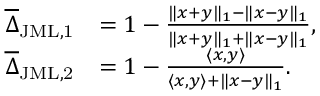
\begin{array} { r l } { \overline { { \Delta } } _ { \mathrm { J M L , 1 } } } & { = 1 - \frac { \| x + y \| _ { 1 } - \| x - y \| _ { 1 } } { \| x + y \| _ { 1 } + \| x - y \| _ { 1 } } , } \\ { \overline { { \Delta } } _ { \mathrm { J M L , 2 } } } & { = 1 - \frac { \langle x , y \rangle } { \langle x , y \rangle + \| x - y \| _ { 1 } } . } \end{array}